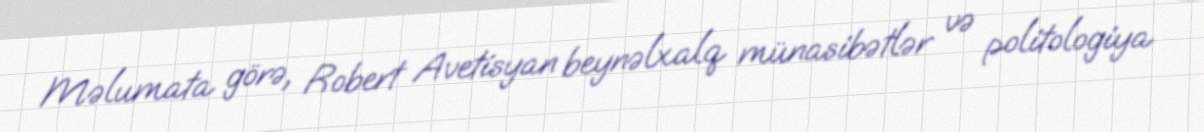
Məlumata görə, Robert Avetisyan beynəlxalq münasibətlər və politologiya